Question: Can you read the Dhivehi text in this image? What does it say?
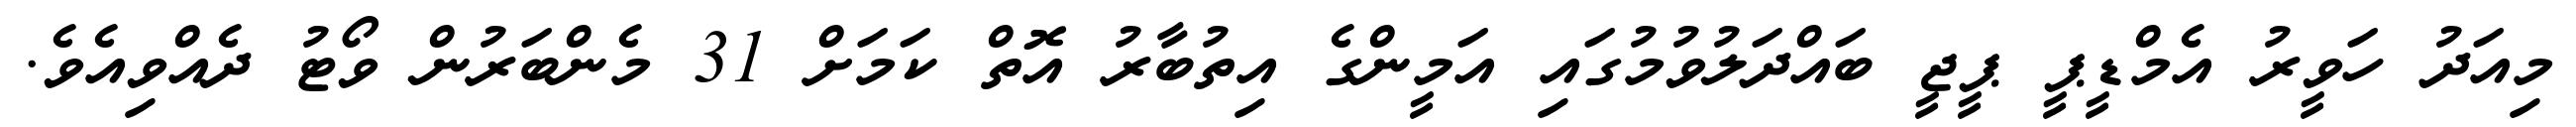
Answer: މިއަދު ހަވީރު އެމްޑީޕީ ޕީޖީ ބައްދަލުވުމުގައި އަމީންގެ އިތުބާރު އޮތް ކަމަށް 31 މެންބަރުން ވޯޓު ދެއްވިއެވެ.